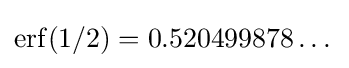
\operatorname {erf} (1/2)=0.520499878\dots